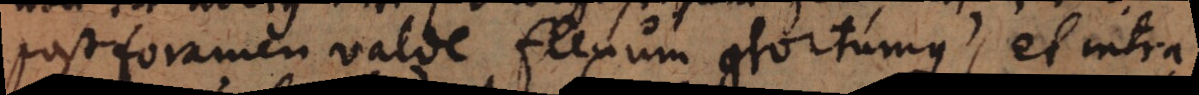
post foramen valde flexum contortumque, et intra